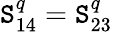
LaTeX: \mathtt{S}_{14}^{q}=\mathtt{S}_{23}^{q}